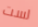
لست